画像に写った文字を読んでください
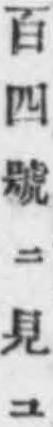
「百四號ニ見ユ」と書いてあります